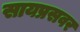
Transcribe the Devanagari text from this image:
सायप्रसवर